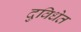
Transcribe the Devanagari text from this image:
दुविधेत